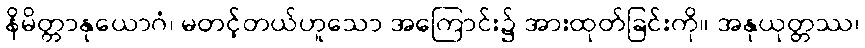
နိမိတ္တာနုယောဂံ၊ မတင့်တယ်ဟူသော အကြောင်း၌ အားထုတ်ခြင်းကို။ အနုယုတ္တဿ၊